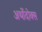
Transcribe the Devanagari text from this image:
अर्थोदोक्स